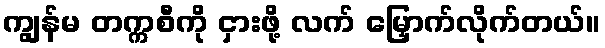
ကျွန်မ တက္ကစီကို ငှားဖို့ လက် မြှောက်လိုက်တယ်။